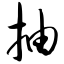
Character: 抽